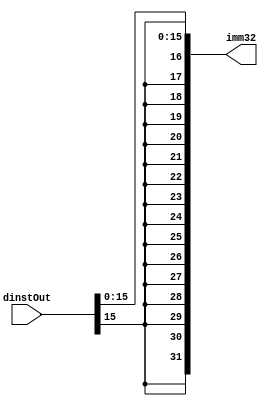
`timescale 1ns / 1ps
//////////////////////////////////////////////////////////////////////////////////
// Company: 
// Engineer: 
// 
// Design Name: 
// Module Name: immediateExtender
// Project Name: 
// Target Devices: 
// Tool Versions: 
// Description: 
// 
// Dependencies: 
// 
// Revision:
// Revision 0.01 - File Created
// Additional Comments:
// 
//////////////////////////////////////////////////////////////////////////////////


module immediateExtender(dinstOut, imm32);
    input wire [31:0] dinstOut;
    reg [15:0] imm;
    output reg [31:0] imm32;
    
    always @(*) begin
        imm = dinstOut[15:0];
        imm32 = {{16{imm[15]}}, {imm[15:0]}};
    end
    
endmodule